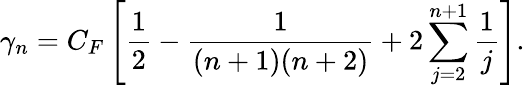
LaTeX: \gamma_{n}=C_{F}\left[\frac 1{2}-\frac 1{(n+1)(n+2)}+2\sum_{j=2}^{n+1}\frac 1{j}\right].